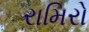
રામિરો